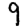
Digit: 9